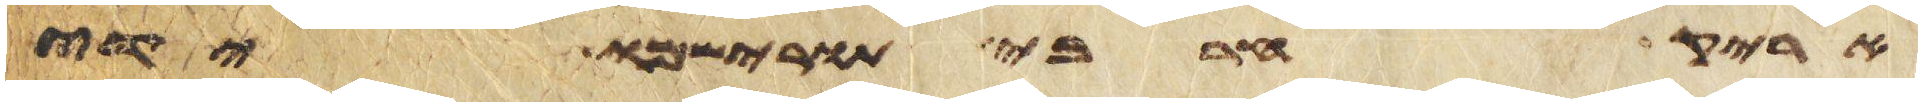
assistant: אריק חרבי תורישמו ידי